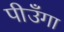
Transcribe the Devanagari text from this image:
पीउँगा